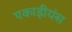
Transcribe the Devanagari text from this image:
एकाड़ीयंस